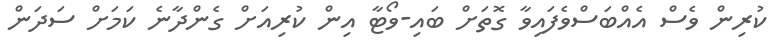
ކުރިން ވެސް އެއްބަސްވެފައިވާ ގޮތަށް ބައި-ވޯޓާ އިން ކުރިއަށް ގެންދާނެ ކަމަށް ސަދަން